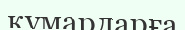
құмарларға